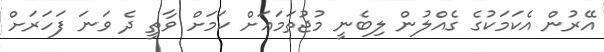
އޭރުން އެކަމަކުގެ ގެއްލުން ލިބެނީ މުޖުތަމައަށް ކަމަށް ވާތީ ދެ ވަނަ ފަހަރަށް